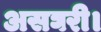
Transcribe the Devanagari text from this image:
असघरी।